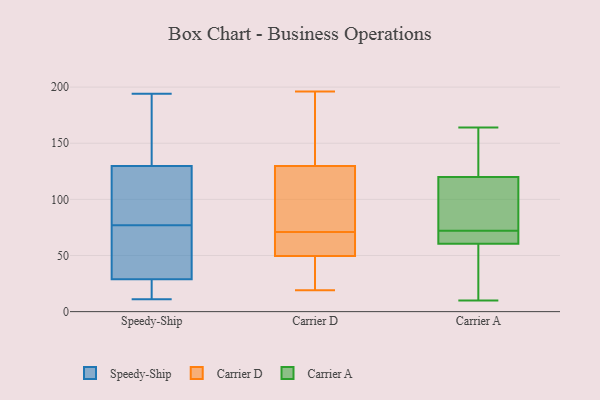
{"axis": {"x": "Demand Index", "y": "Value"}, "legend": ["Carrier A", "Carrier D", "Speedy-Ship"], "data": [{"x": "", "y": 15, "type": "Speedy-Ship"}, {"x": "", "y": 74, "type": "Speedy-Ship"}, {"x": "", "y": 122, "type": "Speedy-Ship"}, {"x": "", "y": 11, "type": "Speedy-Ship"}, {"x": "", "y": 153, "type": "Speedy-Ship"}, {"x": "", "y": 30, "type": "Speedy-Ship"}, {"x": "", "y": 39, "type": "Speedy-Ship"}, {"x": "", "y": 194, "type": "Speedy-Ship"}, {"x": "", "y": 194, "type": "Speedy-Ship"}, {"x": "", "y": 102, "type": "Speedy-Ship"}, {"x": "", "y": 122, "type": "Speedy-Ship"}, {"x": "", "y": 89, "type": "Speedy-Ship"}, {"x": "", "y": 70, "type": "Speedy-Ship"}, {"x": "", "y": 177, "type": "Speedy-Ship"}, {"x": "", "y": 16, "type": "Speedy-Ship"}, {"x": "", "y": 77, "type": "Speedy-Ship"}, {"x": "", "y": 25, "type": "Speedy-Ship"}, {"x": "", "y": 87, "type": "Carrier D"}, {"x": "", "y": 49, "type": "Carrier D"}, {"x": "", "y": 102, "type": "Carrier D"}, {"x": "", "y": 111, "type": "Carrier D"}, {"x": "", "y": 35, "type": "Carrier D"}, {"x": "", "y": 49, "type": "Carrier D"}, {"x": "", "y": 37, "type": "Carrier D"}, {"x": "", "y": 149, "type": "Carrier D"}, {"x": "", "y": 196, "type": "Carrier D"}, {"x": "", "y": 73, "type": "Carrier D"}, {"x": "", "y": 19, "type": "Carrier D"}, {"x": "", "y": 175, "type": "Carrier D"}, {"x": "", "y": 51, "type": "Carrier D"}, {"x": "", "y": 71, "type": "Carrier D"}, {"x": "", "y": 56, "type": "Carrier D"}, {"x": "", "y": 55, "type": "Carrier D"}, {"x": "", "y": 61, "type": "Carrier D"}, {"x": "", "y": 147, "type": "Carrier D"}, {"x": "", "y": 136, "type": "Carrier D"}, {"x": "", "y": 10, "type": "Carrier A"}, {"x": "", "y": 111, "type": "Carrier A"}, {"x": "", "y": 71, "type": "Carrier A"}, {"x": "", "y": 40, "type": "Carrier A"}, {"x": "", "y": 59, "type": "Carrier A"}, {"x": "", "y": 139, "type": "Carrier A"}, {"x": "", "y": 136, "type": "Carrier A"}, {"x": "", "y": 82, "type": "Carrier A"}, {"x": "", "y": 65, "type": "Carrier A"}, {"x": "", "y": 77, "type": "Carrier A"}, {"x": "", "y": 164, "type": "Carrier A"}, {"x": "", "y": 73, "type": "Carrier A"}, {"x": "", "y": 94, "type": "Carrier A"}, {"x": "", "y": 62, "type": "Carrier A"}, {"x": "", "y": 62, "type": "Carrier A"}, {"x": "", "y": 144, "type": "Carrier A"}, {"x": "", "y": 12, "type": "Carrier A"}, {"x": "", "y": 129, "type": "Carrier A"}, {"x": "", "y": 68, "type": "Carrier A"}, {"x": "", "y": 51, "type": "Carrier A"}]}